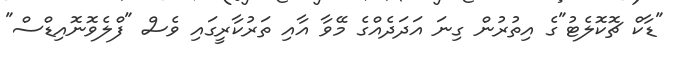
"ޑާކް ޗޮކޮލެޓު"ގެ އިތުރުން ގިނަ އަދަދެއްގެ މޭވާ އާއި ތަރުކާރީގައި ވެސް "ފްލެވޮނޮއިޑްސް"